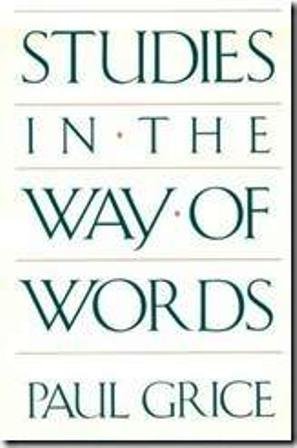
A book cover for Studies in the Way of Words; Paul Grice; Politics & Social Sciences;